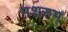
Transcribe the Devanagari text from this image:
मशरुम